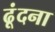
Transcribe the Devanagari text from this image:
ढूंदना